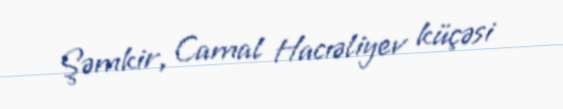
Şəmkir, Camal Hacıəliyev küçəsi